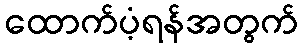
ထောက်ပံ့ရန်အတွက်